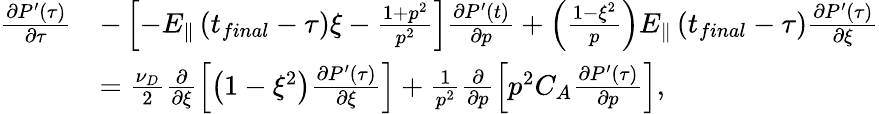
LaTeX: \begin{array}{rl}{\frac{\partial P^{\prime}\left(\tau\right)}{\partial\tau}}&{-\left[-E_{\Vert}\left(t_{final}-\tau\right)\xi-\frac{1+p^{2}}{p^{2}}\right]\frac{\partial P^{\prime}\left(t\right)}{\partial p}+\left(\frac{1-\xi^{2}}{p}\right)E_{\Vert}\left(t_{final}-\tau\right)\frac{\partial P^{\prime}\left(\tau\right)}{\partial\xi}}\\ &{=\frac{\nu_{D}}{2}\frac{\partial}{\partial\xi}\left[\left(1-\xi^{2}\right)\frac{\partial P^{\prime}\left(\tau\right)}{\partial\xi}\right]+\frac{1}{p^{2}}\frac{\partial}{\partial p}\left[p^{2}C_{A}\frac{\partial P^{\prime}\left(\tau\right)}{\partial p}\right],}\end{array}